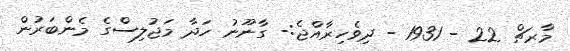
މާރޗް 22 - 1931 - ދިވެހިރާއްޖެ:- ގާނޫނު ހަދާ މަޖުލިސްގެ މެންބަރުން